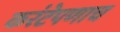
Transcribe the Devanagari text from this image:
करंटेपणाच